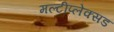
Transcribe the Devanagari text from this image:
मल्टीप्लेक्सड